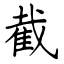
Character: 截